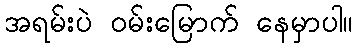
အရမ်းပဲ ဝမ်းမြောက် နေမှာပါ။